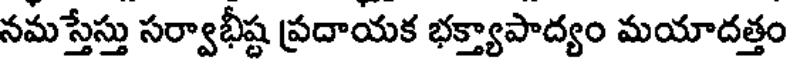
నమస్తేస్తు సర్వాభీష్ట ప్రదాయక భక్త్యాపాద్యం మయాదత్తం